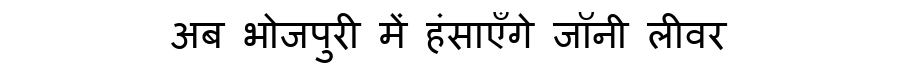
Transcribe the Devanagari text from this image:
अब भोजपुरी में हंसाएँगे जॉनी लीवर